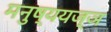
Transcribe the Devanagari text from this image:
मनुष्ययज्ञ